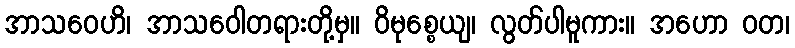
အာသဝေဟိ၊ အာသဝေါတရားတို့မှ။ ဝိမုစ္စေယျ၊ လွတ်ပါမူကား။ အဟော ဝတ၊